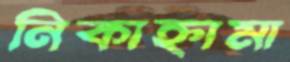
নিকাহ্নামা